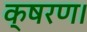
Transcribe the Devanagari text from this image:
क्षरण।